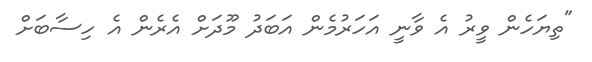
"ތިޔަހެން ވީރު އެ ވާނީ އަހަރުމެން އަބަދު މޫދަށް އެރެން އެ ހިސާބަށް